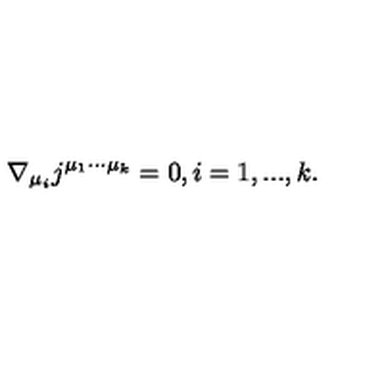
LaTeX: \nabla _ { \mu _ { i } } j ^ { \mu _ { 1 } \cdot \cdot \cdot \mu _ { k } } = 0 , i = 1 , . . . , k .